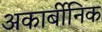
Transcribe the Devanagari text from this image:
अकार्बीनिक